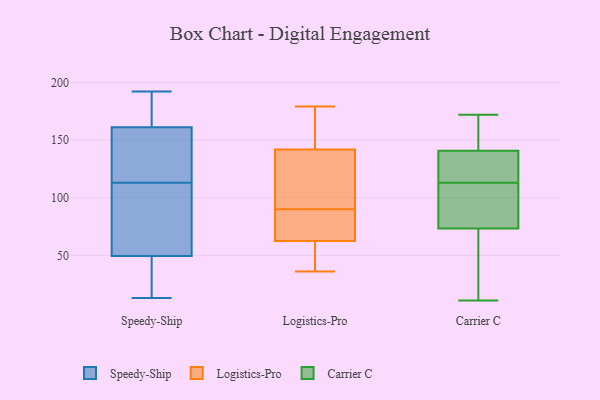
{"axis": {"x": "Conversion Rate (%)", "y": "Value"}, "legend": ["Carrier C", "Logistics-Pro", "Speedy-Ship"], "data": [{"x": "", "y": 130, "type": "Speedy-Ship"}, {"x": "", "y": 56, "type": "Speedy-Ship"}, {"x": "", "y": 141, "type": "Speedy-Ship"}, {"x": "", "y": 189, "type": "Speedy-Ship"}, {"x": "", "y": 84, "type": "Speedy-Ship"}, {"x": "", "y": 166, "type": "Speedy-Ship"}, {"x": "", "y": 156, "type": "Speedy-Ship"}, {"x": "", "y": 13, "type": "Speedy-Ship"}, {"x": "", "y": 62, "type": "Speedy-Ship"}, {"x": "", "y": 41, "type": "Speedy-Ship"}, {"x": "", "y": 25, "type": "Speedy-Ship"}, {"x": "", "y": 174, "type": "Speedy-Ship"}, {"x": "", "y": 19, "type": "Speedy-Ship"}, {"x": "", "y": 113, "type": "Speedy-Ship"}, {"x": "", "y": 107, "type": "Speedy-Ship"}, {"x": "", "y": 192, "type": "Speedy-Ship"}, {"x": "", "y": 140, "type": "Speedy-Ship"}, {"x": "", "y": 113, "type": "Speedy-Ship"}, {"x": "", "y": 43, "type": "Speedy-Ship"}, {"x": "", "y": 175, "type": "Speedy-Ship"}, {"x": "", "y": 69, "type": "Logistics-Pro"}, {"x": "", "y": 64, "type": "Logistics-Pro"}, {"x": "", "y": 157, "type": "Logistics-Pro"}, {"x": "", "y": 75, "type": "Logistics-Pro"}, {"x": "", "y": 168, "type": "Logistics-Pro"}, {"x": "", "y": 125, "type": "Logistics-Pro"}, {"x": "", "y": 117, "type": "Logistics-Pro"}, {"x": "", "y": 90, "type": "Logistics-Pro"}, {"x": "", "y": 129, "type": "Logistics-Pro"}, {"x": "", "y": 49, "type": "Logistics-Pro"}, {"x": "", "y": 99, "type": "Logistics-Pro"}, {"x": "", "y": 62, "type": "Logistics-Pro"}, {"x": "", "y": 44, "type": "Logistics-Pro"}, {"x": "", "y": 36, "type": "Logistics-Pro"}, {"x": "", "y": 46, "type": "Logistics-Pro"}, {"x": "", "y": 178, "type": "Logistics-Pro"}, {"x": "", "y": 179, "type": "Logistics-Pro"}, {"x": "", "y": 68, "type": "Logistics-Pro"}, {"x": "", "y": 146, "type": "Logistics-Pro"}, {"x": "", "y": 115, "type": "Carrier C"}, {"x": "", "y": 147, "type": "Carrier C"}, {"x": "", "y": 122, "type": "Carrier C"}, {"x": "", "y": 108, "type": "Carrier C"}, {"x": "", "y": 53, "type": "Carrier C"}, {"x": "", "y": 166, "type": "Carrier C"}, {"x": "", "y": 158, "type": "Carrier C"}, {"x": "", "y": 61, "type": "Carrier C"}, {"x": "", "y": 97, "type": "Carrier C"}, {"x": "", "y": 117, "type": "Carrier C"}, {"x": "", "y": 111, "type": "Carrier C"}, {"x": "", "y": 31, "type": "Carrier C"}, {"x": "", "y": 172, "type": "Carrier C"}, {"x": "", "y": 113, "type": "Carrier C"}, {"x": "", "y": 149, "type": "Carrier C"}, {"x": "", "y": 117, "type": "Carrier C"}, {"x": "", "y": 71, "type": "Carrier C"}, {"x": "", "y": 11, "type": "Carrier C"}, {"x": "", "y": 80, "type": "Carrier C"}]}